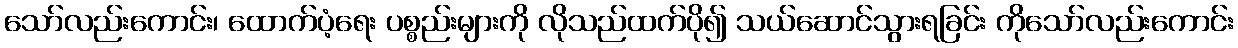
သော်လည်းကောင်း၊ ထောက်ပံ့ရေး ပစ္စည်းများကို လိုသည်ထက်ပို၍ သယ်ဆောင်သွားရခြင်း ကိုသော်လည်းကောင်း